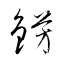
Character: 錺